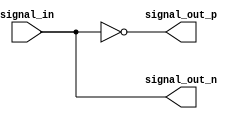
module differential_buffer (
    input signal_in,
    output signal_out_p,
    output signal_out_n
);

    wire intermediate_signal;

    // Complementary inverters
    assign intermediate_signal = ~signal_in;
    assign signal_out_p = intermediate_signal;
    assign signal_out_n = ~intermediate_signal;

endmodule